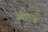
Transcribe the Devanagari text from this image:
ओएएस